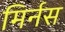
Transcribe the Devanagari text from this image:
मिर्नस